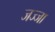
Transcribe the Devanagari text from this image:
जज्जा